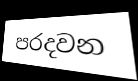
පරදවන